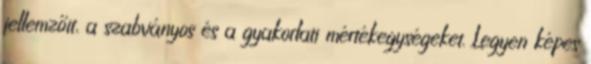
jellemzőit, a szabványos és a gyakorlati mértékegységeket. Legyen képes